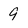
Character: 9